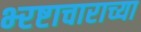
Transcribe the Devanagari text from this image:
भ्‍रष्टाचाराच्या